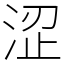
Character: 涩